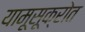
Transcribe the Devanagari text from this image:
यामूसूक्रोत